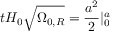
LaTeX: t H _ { 0 } { \sqrt { \Omega _ { 0 , R } } } = { \frac { a ^ { 2 } } { 2 } } | _ { 0 } ^ { a }